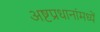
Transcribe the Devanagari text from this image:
अष्टप्रधानांमध्यें